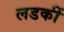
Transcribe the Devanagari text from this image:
लडकीं